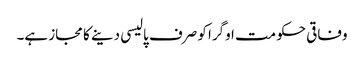
وفاقی حکومت اوگرا کو صرف پالیسی دینے کا مجاز ہے۔